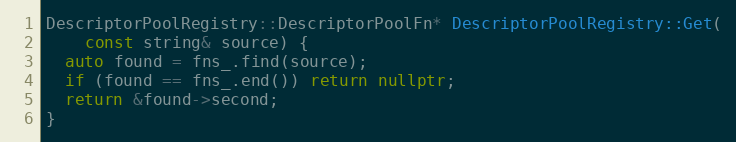
Language: C++
DescriptorPoolRegistry::DescriptorPoolFn* DescriptorPoolRegistry::Get(
    const string& source) {
  auto found = fns_.find(source);
  if (found == fns_.end()) return nullptr;
  return &found->second;
}